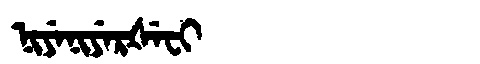
Manchu: ᠨᡳᠶᡝᠨᡳᠶᡝᡵᡧᡝᠸᡳ
Romanization: NIYENIYERŠEFI